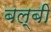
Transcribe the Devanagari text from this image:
बल्बी